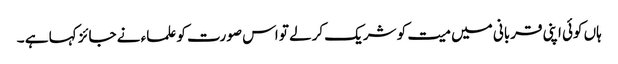
ہاں کوئی اپنی قربانی میں میت کو شریک کرلے تو اس صورت کو علماء نے جائز کہا ہے ۔